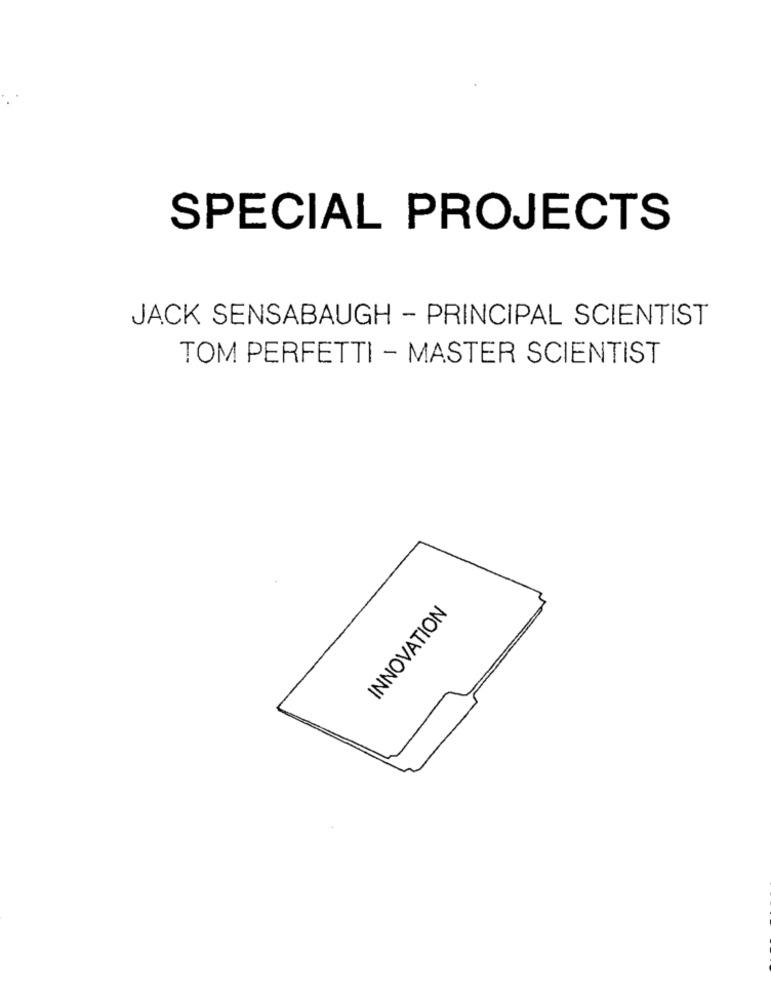
SPECIAL PROJECTS
JACK SENSABAUGH - PRINCIPAL SCIENTIST
TOM PERFETTI - MASTER SCIENTIST
INNOVATION